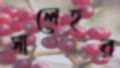
সালেহর